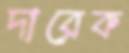
দারেক